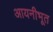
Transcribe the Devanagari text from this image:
आयनीभूत